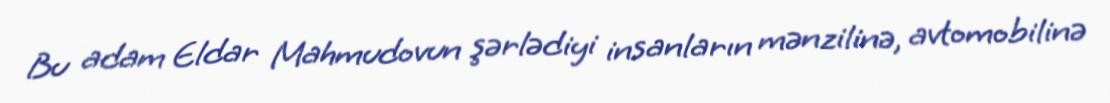
Bu adam Eldar Mahmudovun şərlədiyi insanların mənzilinə, avtomobilinə